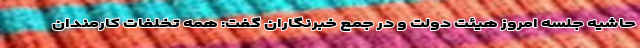
حاشیه جلسه امروز هیئت دولت و در جمع خبرنگاران گفت: همه تخلفات کارمندان